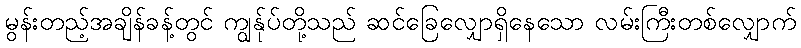
မွန်းတည့်အချိန်ခန့်တွင် ကျွန်ုပ်တို့သည် ဆင်ခြေလျှောရှိနေသော လမ်းကြီးတစ်လျှောက်